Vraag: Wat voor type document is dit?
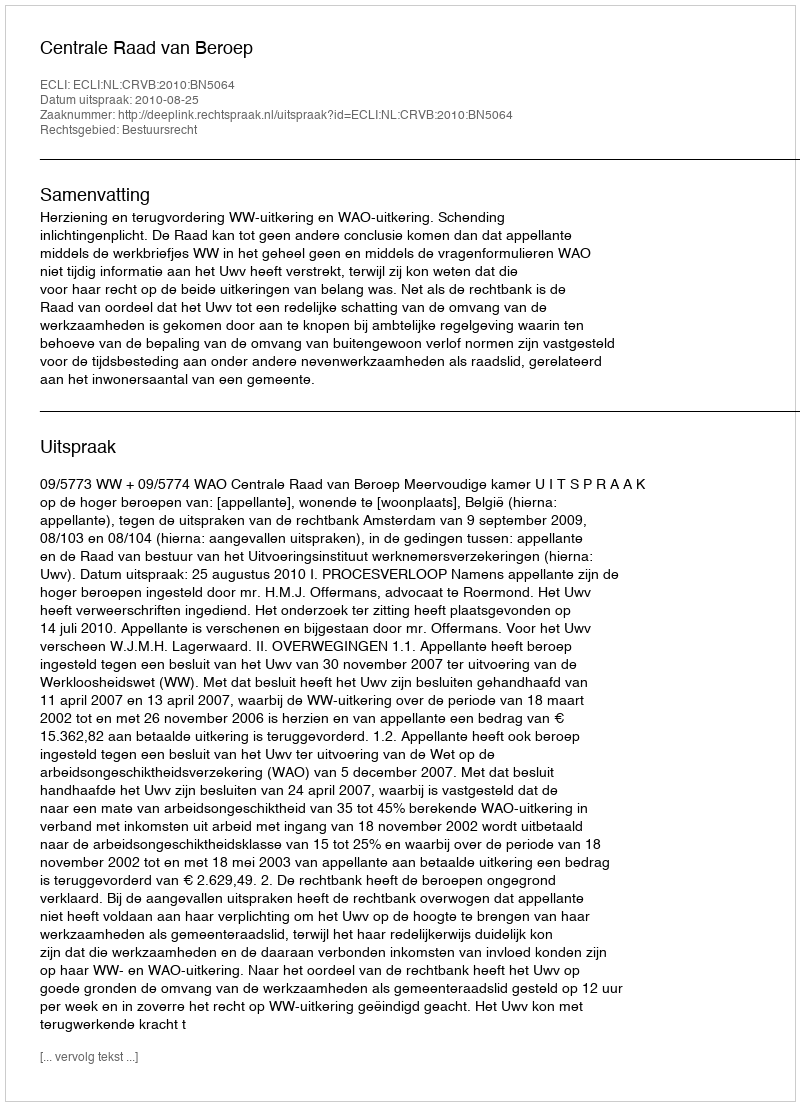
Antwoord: Uitspraak